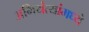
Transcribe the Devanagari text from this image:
अभियंत्यांमध्ये